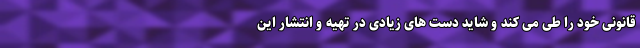
قانونی خود را طی می کند و شاید دست های زیادی در تهیه و انتشار این